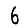
Digit: 6